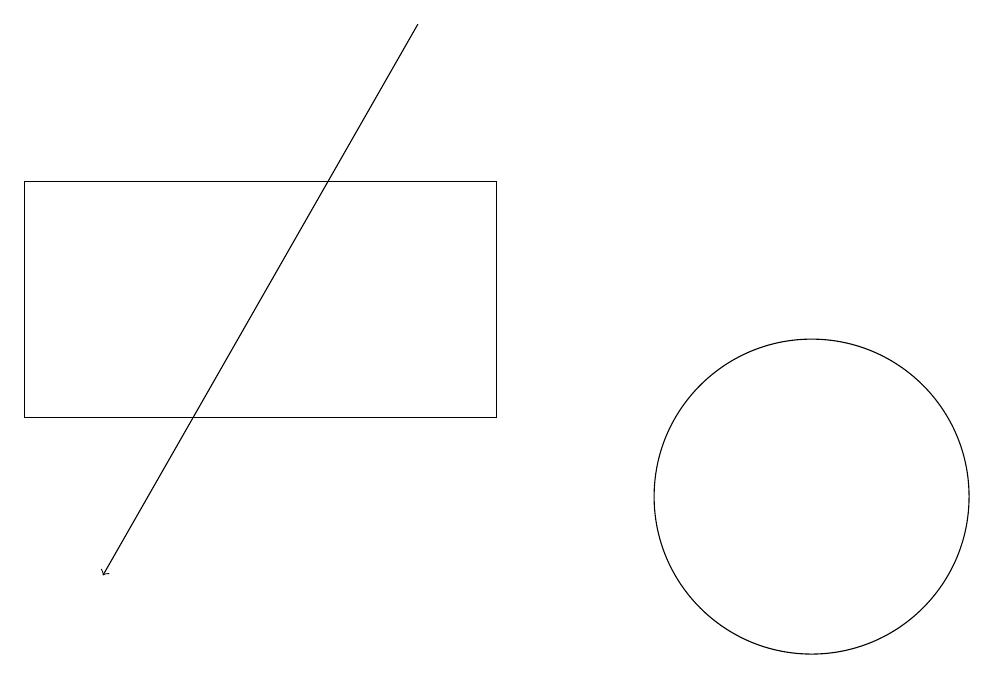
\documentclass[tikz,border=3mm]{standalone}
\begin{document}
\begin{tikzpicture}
\draw (7,16) rectangle (1,13);
\draw (11,12) circle (2);
\draw[->] (6,18) -- (2,11);
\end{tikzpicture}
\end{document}